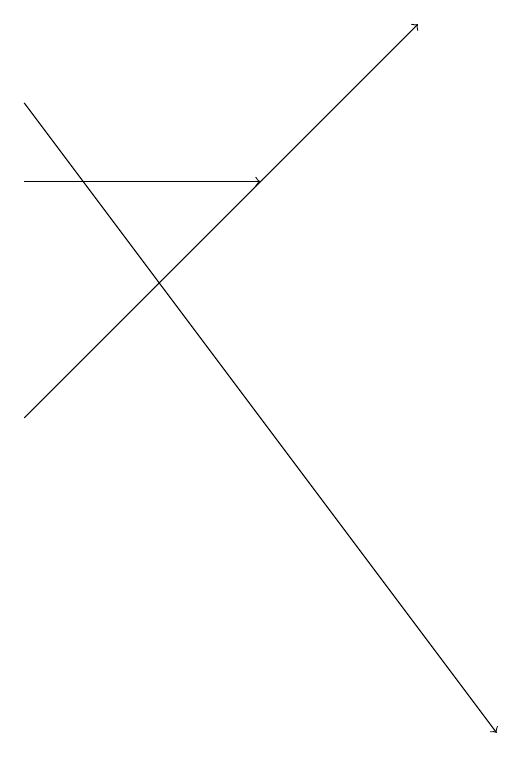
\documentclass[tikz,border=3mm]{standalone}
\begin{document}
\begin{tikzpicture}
\draw[->] (2,17) -- (5,17);
\draw[->] (2,14) -- (7,19);
\draw[->] (2,18) -- (8,10);
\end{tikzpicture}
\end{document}